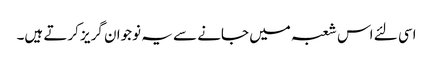
اسی لئے اس شعبہ میں جانے سے یہ نوجوان گریز کرتے ہیں۔